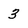
Character: 3